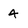
Character: 4